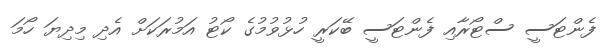
ފެންޓަސީ ސްޓޯރާއި ފެންޓަސީ ބޭކަރީ ހުޅުވުމުގެ ކޯޓު އަމުރަކަށް އެދި މިދިޔަ ހޯމަ